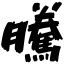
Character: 騰